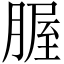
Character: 腛